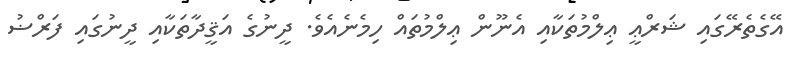
އޭގެތެރޭގައި ޝަރްޢީ ޢިލްމުތަކާއި އެނޫން ޢިލްމުތައް ހިމެނެއެވެ. ދީނުގެ އަޤީދާތަކާއި ދީނުގައި ފަރްޟު